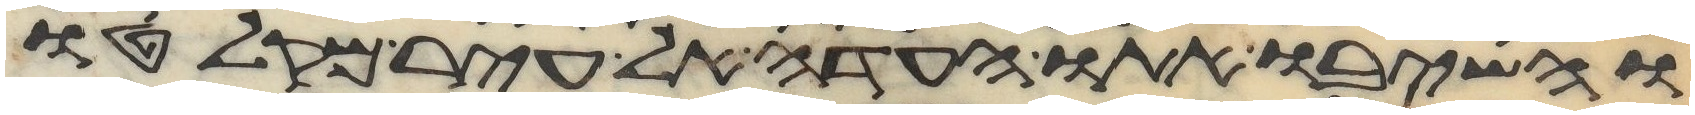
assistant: והשיבו אתו העדה אל עיר מקלטו